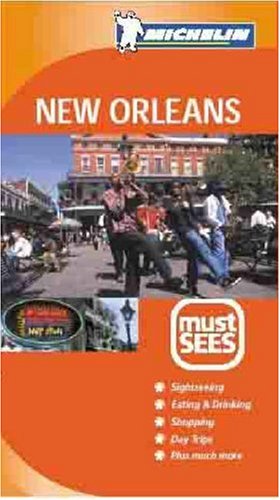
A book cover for Michelin Must Sees New Orleans; Michelin Travel Publications; Travel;